Juri_Uluots, lk 37
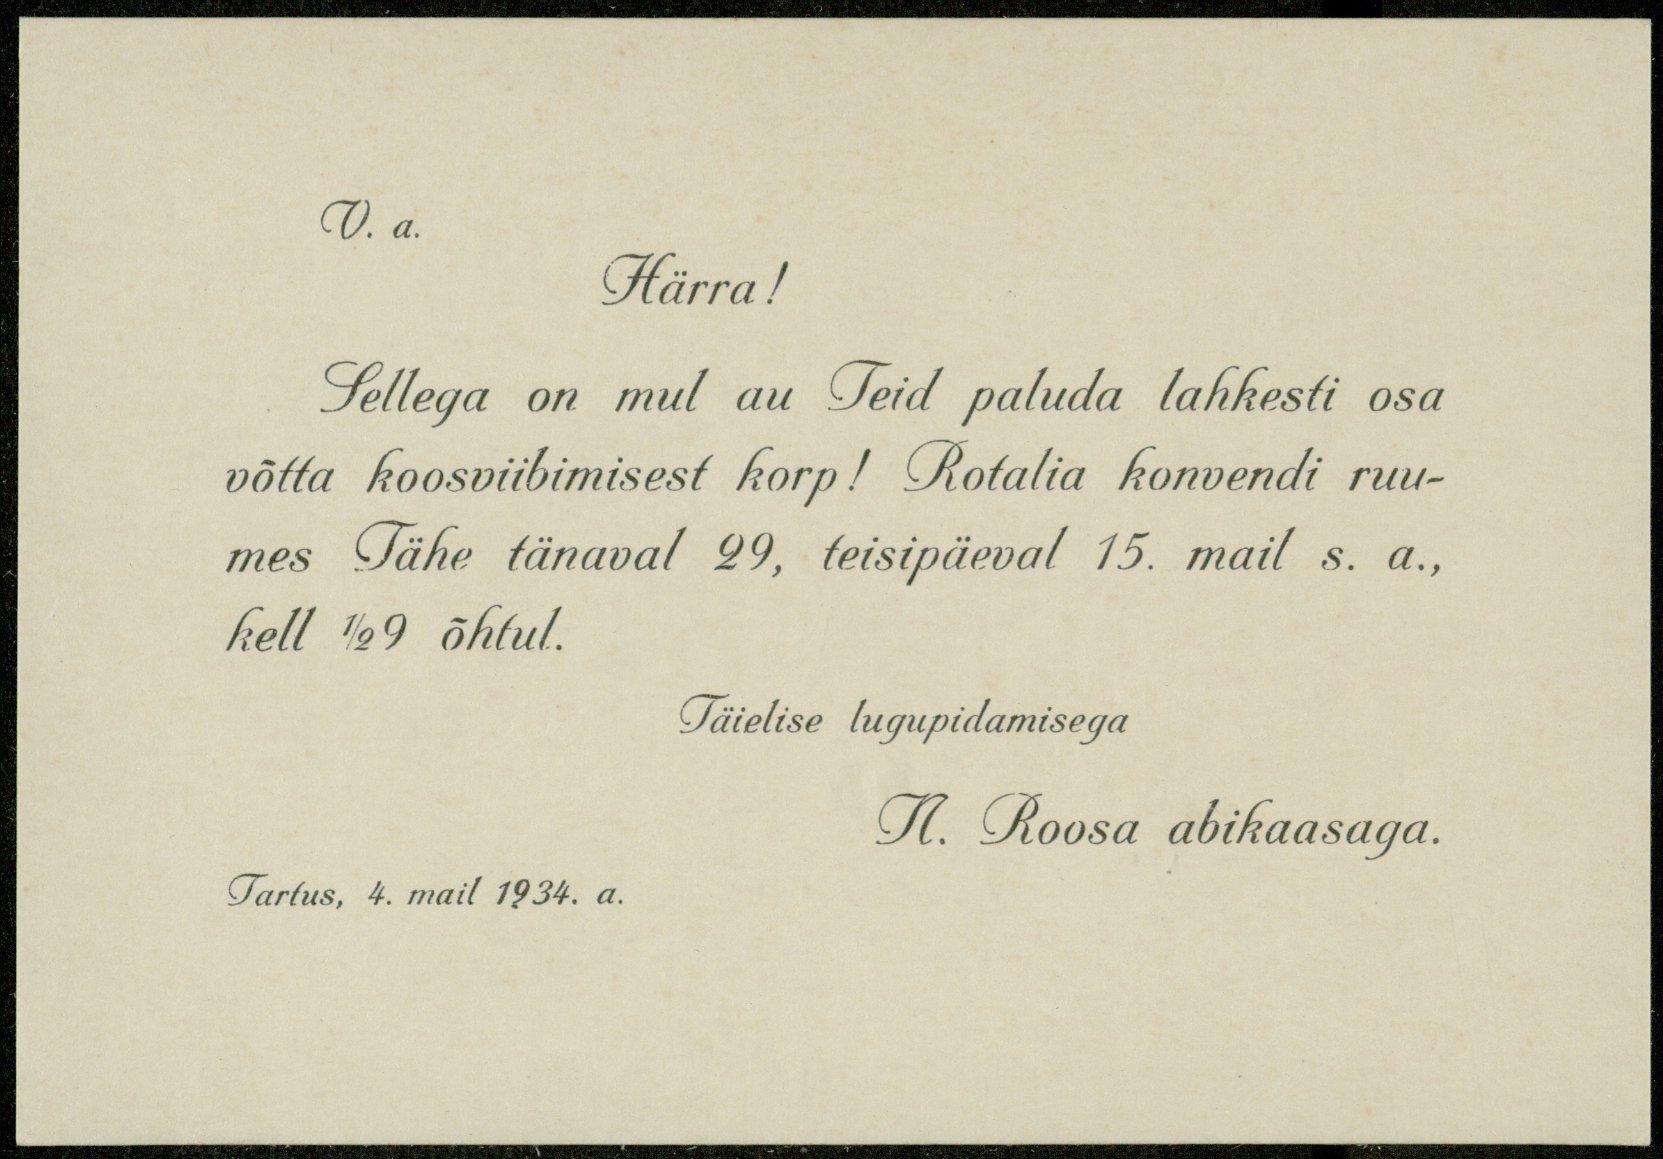
V. a.
Härra!
Sellega on mul au Teid paluda lahkesti osa
võtta koosviibimisest korp! Rotalia konvendi ruu-
mes Tähe tänaval 29, teisipäeval 15. mail s. a.,
kell 1/2 9 õhtul.
Täielise lugupidamisega
N. Roosa abikaasaga.
Tartus, 4. mail 1934. a.